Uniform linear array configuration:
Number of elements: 32
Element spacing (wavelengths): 1
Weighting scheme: hann
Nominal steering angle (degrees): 45
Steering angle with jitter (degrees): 46.531
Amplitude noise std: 0.05
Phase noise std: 0.05

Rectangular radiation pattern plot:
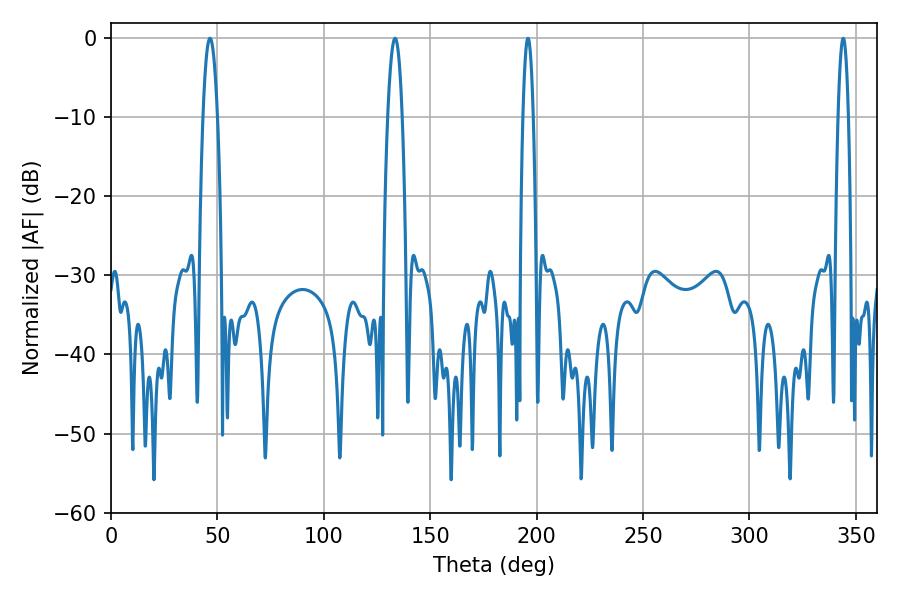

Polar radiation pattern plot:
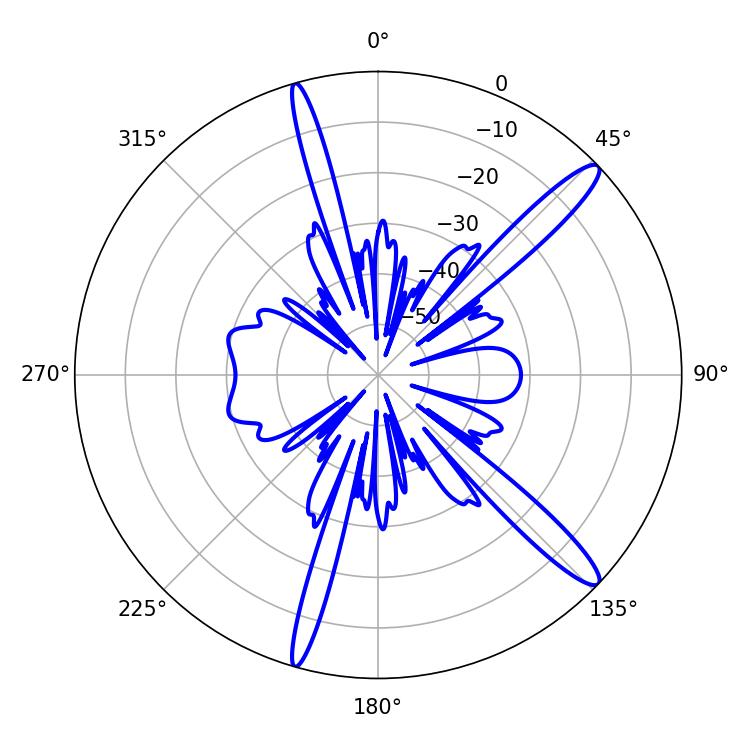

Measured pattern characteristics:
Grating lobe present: TRUE
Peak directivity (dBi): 14.253
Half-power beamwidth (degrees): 3.78
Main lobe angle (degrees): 46.44